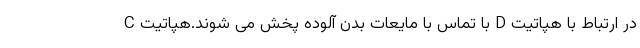
C با تماس با مایعات بدن آلوده پخش می شوند.هپاتیت D در ارتباط با هپاتیت